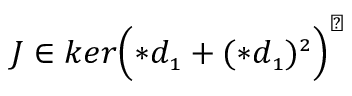
J \in k e r \Bigl ( \ast d _ { \scriptscriptstyle 1 } + ( \ast d _ { \scriptscriptstyle 1 } ) ^ { \scriptscriptstyle 2 } \Bigr ) ^ { \perp }